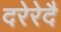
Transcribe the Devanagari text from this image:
दरेरेदै